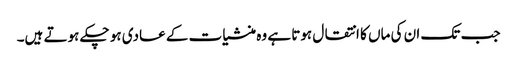
جب تک ان کی ماں کا انتقال ہوتا ہے وہ منشیات کے عادی ہو چکے ہوتے ہیں۔